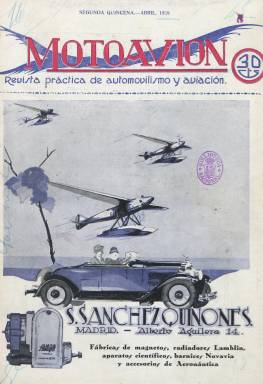
Título: Motoavión (Madrid)
Colección: Aviación || Automovilismo
Ámbito geográfico: Madrid
Lugar de publicación: Madrid
Fechas: 15/04/1928-25/12/1934

“Revista quincenal de utilidad a los mecánicos, conductores y propietarios de automóviles, aspirantes a pilotos y mecánicos de aviación”, se indica en su extenso subtítulo, tratándose de una publicación periódica eminentemente profesional, práctica y divulgativa, fundada por el militar Félix Gómez-Guillamón, ingeniero, profesor de la Escuela Automovilística del Centro Electrotécnico, piloto, observador aerostero, geógrafo, científico y escritor. Publica su primer número el 15 de abril de 1928, para seguir haciéndolo los días 1 y 15 de cada mes y, desde enero de 1929, lo hará los días 10 y 25. Sus entregas salen de la madrileña Imprenta Sáez Hermanos, estampadas en papel cuché, con una cubierta ocupada íntegramente por una ilustración: un dibujo en cuatricromía o un fotograbado para el que se utiliza la tinta de color. Su paginación será variable, desde la veintena hasta la treintena de páginas por entrega, aunque al final reducirá su número, editando la última el 25 de diciembre de 1934, al anunciar su suspensión temporal, que fue definitiva.

Inserta artículos de divulgación técnica y una sección de Preguntas y respuestas para los mecánicos y conductores dedicados a la conservación y reparación de vehículos y motores, y otros dirigidos a ofrecer conocimientos a los aspirantes a pilotos de aeroplanos. Publica crónicas y reportajes sobre la aviación militar y la deportiva, y con el fin de fomentar su afición, publica otros sobre las “grandes proezas” de la aviación española y mundial, como pruebas, campeonatos, grandes premios, vuelos y excursiones aéreas. También publica un curso completo de mecánica o un manual de aviación sin motor, así como noticias nacionales e internacionales y otras oficiales, como el código y el reglamento de circulación. Sus textos van acompañados de ilustraciones, como dibujos, figuras, esquemas y fotograbados, con fotos áreas de ciudades, de dirigibles, aeroplanos, vuelos, pilotos y aviadoras o pasajeros. Entre los fotógrafos con los que contó la revista estuvo Díaz Casariego, y entre sus dibujantes, con A. Jeute y, desde 1932, con Amador Silverio, autores de los dibujos de sus cubiertas. También insertó numerosos anuncios publicitarios, especialmente de las industrias automovilista y aeronáutica.

Su primer director fue el militar de Ingenieros, exprofesor de la Escuela de Mecánicos de Aviación y también piloto y observador de aeroplano Luis Maestre Pérez. Entre sus colaboradores se encuentran ingenieros, como Manuel Arias Paz, Manuel Torrado y J. Pérez-Seoane; el teniente coronel Emilio Herrera, o A. González Gil y J. María Aymat. A partir de 1929, Maestre promoverá la creación de Aero Popular de Madrid, como sociedad cultural y de fomento aeronáutico, para agrupar en ella a los aficionados y amantes de la aviación que no pudieran serlo –por cuestiones económicas– del Real Aero Club de España, y tras su constitución, de la que serán sus vicepresidentes Felipe Salcedo Bermejillo y Alfredo Kindelán Duany, a partir del número 29, de 25 de junio de ese mismo año, la revista pasa a ser su órgano oficial. Así mismo, el ingeniero Fernando Medrano Miguel ocupara el cargo de gerente de la revista, y cuando Maestre pase a ocupar el cargo de redactor-jefe de la Revista de aeronáutica (1932-1961), publicada por los organismos aeronáuticos oficiales de la República Española, le sustituirá Antonio Monroy López en la dirección de Motoavión, a partir del número 91, correspondiente al 25 de enero de 1932.